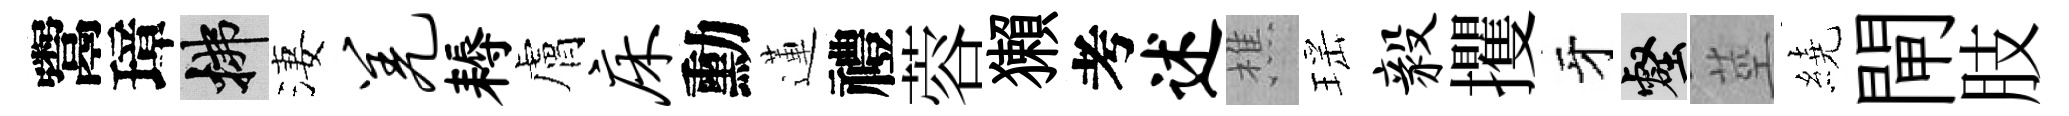
鬻璋拂淒羌耨膚床勳蓮禮蓉獺考述樵瑶毅攫牙壑莖繞閘肢